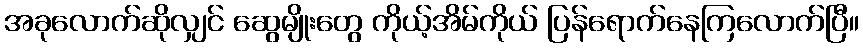
အခုလောက်ဆိုလျှင် ဆွေမျိုးတွေ ကိုယ့်အိမ်ကိုယ် ပြန်ရောက်နေကြလောက်ပြီ။